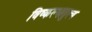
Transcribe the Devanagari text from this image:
विष्कल्भातुल्य